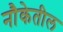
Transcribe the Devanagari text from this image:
नौकेतील